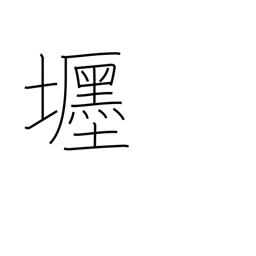
Meaning: fine residence